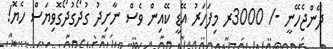
ދޭންޖެހޭނީ -/ 3000ރ މިފަހަރު އޭޑީ ކޭއިން ވެސް ނާށިދު ގުދޯގުދޯގޮވިޔަސް ހެޔޮ!